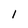
Character: 1